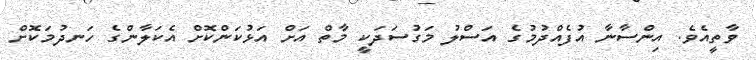
ވާތީއެވެ. އިންސާނާ އުފެއްދުމުގެ އަސްލު މަގުސަދަކީ މާތް އަށް އަޅުކަންކޮށް އެކަލާންގެ ހަނދުމަކޮށް